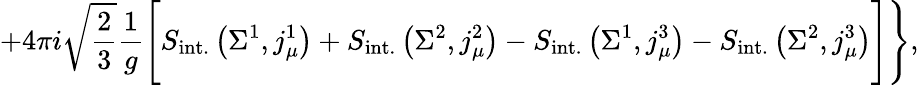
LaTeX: +4\pi i\sqrt{\frac 23}\frac{1}{g}\Biggl[S_{\mathrm{int.}}\left(\Sigma^{1},j_{\mu}^{1}\right)+S_{\mathrm{int.}}\left(\Sigma^{2},j_{\mu}^{2}\right)-S_{\mathrm{int.}}\left(\Sigma^{1},j_{\mu}^{3}\right)-S_{\mathrm{int.}}\left(\Sigma^{2},j_{\mu}^{3}\right)\Biggr]\Biggr\} ,